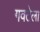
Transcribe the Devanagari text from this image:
गवटेला